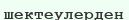
шектеулерден